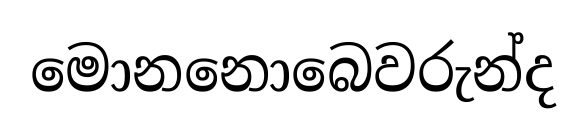
මොනනොබෙවරුන්ද